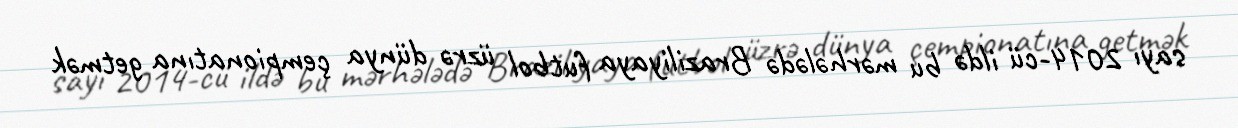
sayı 2014-cü ildə bu mərhələdə Braziliyaya futbol üzrə dünya çempionatına getmək